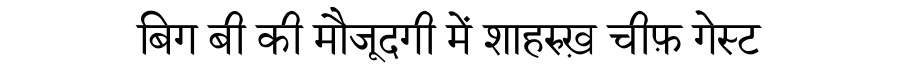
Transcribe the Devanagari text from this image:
बिग बी की मौजूदगी में शाहरुख़ चीफ़ गेस्ट